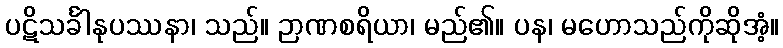
ပဋိသင်္ခါနုပဿနာ၊ သည်။ ဉာဏစရိယာ၊ မည်၏။ ပန၊ မဟောသည်ကိုဆိုအံ့။